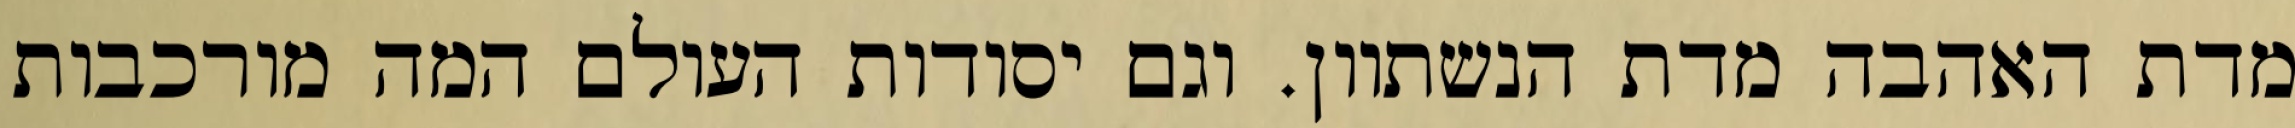
מדת האהבה מדת הנשתוון. וגם יסודות העולם המה מורכבות